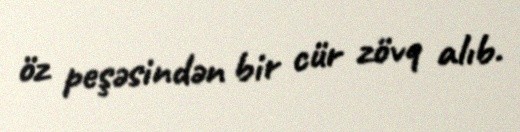
öz peşəsindən bir cür zövq alıb.